Vaccination in Bombay 1902-1912 - 1902-1912
Year: 1902
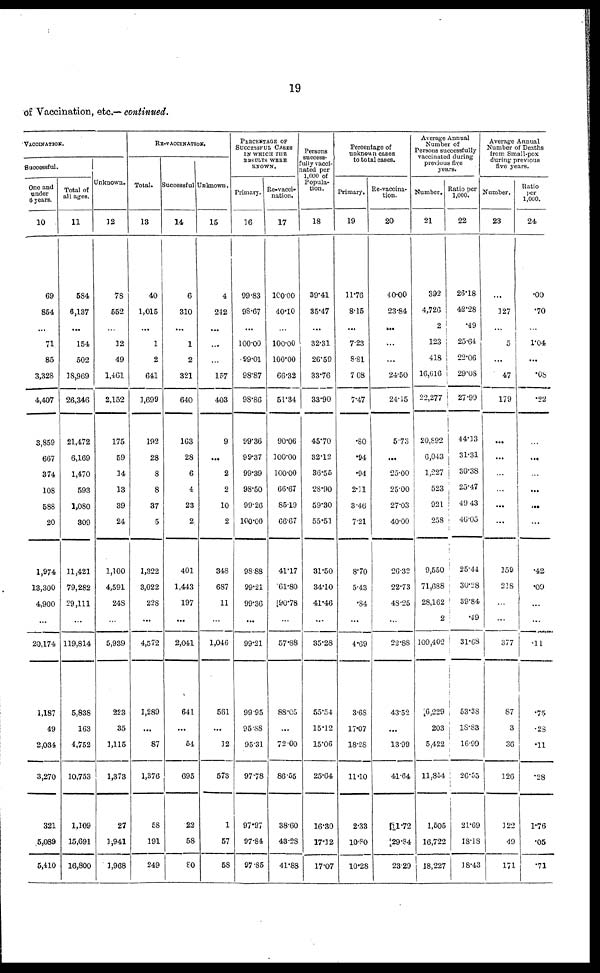
19
of Vaccination, etc.— continued.
VACCINATION.
Successful.
One and
under
6 years.
10
69
854
...
71
85
3,328
4,407
3,859
667
374
108
588
20
1,974
13,300
4,900
...
20,174
1,187
49
2,034
3,270
321
5,089
5,410
Total of
all ages.
11
584
6,137
...
154
502
18,969
26,346
21,472
6,169
1,470
593
1,080
309
11,421
79,282
29,111
...
119,814
5,838
163
4,752
10,753
1,109
15,691
16,800
Unknown.
12
78
552
...
12
49
1,461
2,152
175
59
34
13
39
24
1,100
4,591
248
...
5,939
223
35
1,115
1,373
27
1,941
1,968
RE-VACCINATION.
Total.
13
40
1,015
...
1
2
641
3,699
192
28
8
8
37
5
1,322
3,022
228
...
4,572
1,289
...
87
1,376
58
191
249
Successful
14
6
310
...
1
2
321
640
163
28
6
4
23
2
401
1,443
197
...
2,041
641
...
54
695
22
58
80
Unknown.
15
4
242
...
...
...
157
403
9
...
2
2
10
2
348
687
11
...
1,046
561
...
32
573
1
57
58
PERCENTAGE OF
SUCCESSFUL CASES
IN WHICH THE
RESULTS WERE
KNOWN.
Primary.
16
99.83
98.67
...
100.00
99.01
98.87
98.86
99.36
99.37
99.39
98.50
99.26
100.00
98.88
99.21
99.36
...
99.21
99.95
95.88
95.31
97.78
97.97
97.84
97.85
Re-vacci-
nation.
17
100.00
40.10
...
100.00
100.00
66.32
51.34
90.06
100.00
100.00
66.67
85.19
66.67
41.17
61.80
90.78
...
57.88
88.05
...
72.00
86.55
38.60
43.28
41.88
Persons
success-
fully vacci-
nated per
1,000 of
Popula-
tion.
18
39.41
35.47
...
32.31
26.59
33.76
33.90
45.70
32.12
36.55
28.90
59.30
55.51
31.50
34.10
41.46
...
35.28
55.54
15.12
15.06
25.64
16.30
17.12
17.07
Percentage of
unknown cases
to total cases.
Primary.
19
11.76
8.15
...
7.23
8.81
7.08
7.47
.80
.94
.94
2.11
3.46
7.21
8.70
5.43
.84
...
4.69
3.68
17.07
18.28
11.10
2.33
10.80
10.28
Re-vaccina-
tion.
20
40.00
23.84
...
...
...
24.50
24.15
5.73
...
25.00
25.00
27.03
40.00
26.32
22.73
48.25
...
22.88
43.52
...
13.99
41.64
11.72
29.84
23.29
Average Annual
Number of
Persons successfully
vaccinated during
previous five
years.
Number.
21
392
4,726
2
123
418
16,616
22,277
20,892
6,043
1,227
523
921
258
9,550
71,688
28,162
2
109,402
6,229
203
5,422
11,854
1,505
16,722
18,227
Ratio per
1,000.
22
26.18
42.28
.49
25.64
22.06
29.08
27.99
44.13
31.31
30.38
25.47
49.43
46.05
25.44
30.28
39.84
.49
31.68
53.38
18.83
16.99
26.55
21.69
18.18
18.43
Average Annual
Number of Deaths
from Small-pox
during previous
five years.
Number.
23
...
127
...
5
...
47
179
...
...
...
...
...
...
159
218
...
...
377
87
3
36
126
122
49
171
Ratio
per
1,000.
24
.00
.70
...
1.04
...
.08
.22
...
...
...
...
...
...
.42
.09
...
...
.11
.75
.28
.11
.28
1.76
.05
.71